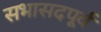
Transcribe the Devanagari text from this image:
सभासदपूर्व